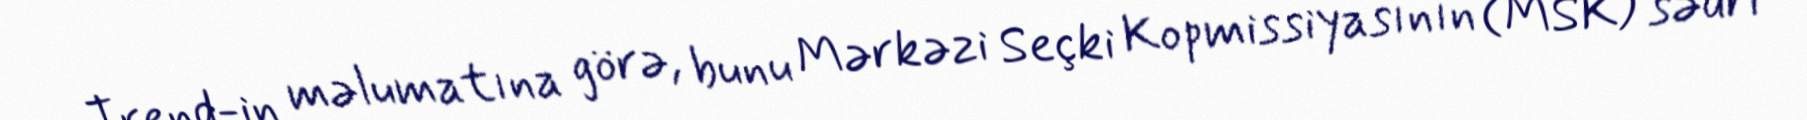
Trend-in məlumatına görə, bunu Mərkəzi Seçki Kopmissiyasının (MSK) sədri